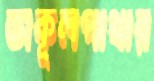
অকূলপাথার